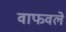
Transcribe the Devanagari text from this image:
वाफवले